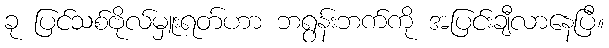
ခု ပြင်သစ်ဗိုလ်မှူးရတ်ဟာ ဘရွန်းဘက်ကို အပြင်းချီလာနေပြီ။